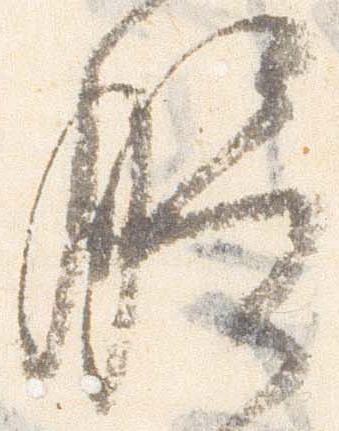
膳